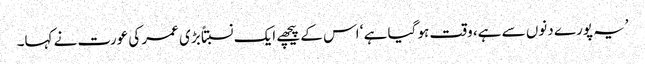
’یہ پورے دنوں سے ہے، وقت ہو گیا ہے ‘ اس کے پیچھے ایک نسبتاً بڑی عمر کی عورت نے کہا۔